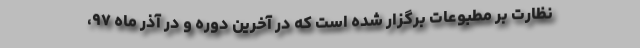
نظارت بر مطبوعات برگزار شده است که در آخرین دوره و در آذر ماه ۹۷،